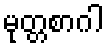
မုတ္တစာဂါ